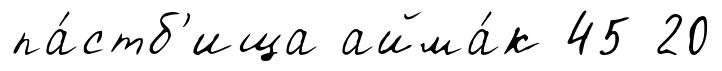
па́стб'ища айма́к 45 20